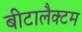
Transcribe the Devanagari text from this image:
बीटालैक्टम